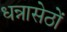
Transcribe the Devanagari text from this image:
धन्नासेठों